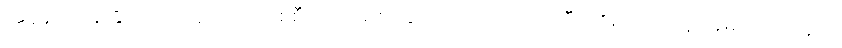
အရှိန်မထိန်းနိုင်ဘဲ ဒိုင်နာကားတစ်စီးအား ဘေးခြမ်းအားဝင်တိုက်မိပြီး တိုးဂိတ်ရှိ ထိုင်ခုံမှာ ထိုင်နေတဲ့